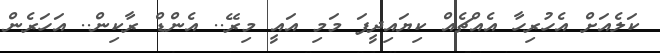
ކަލެއަށް އެހުރިހާ އެއްޗެއް ކިޔައިދީފަ މަމި އައީ މިރޭ.. އެންޑް ރާކިން.. އަހަރެން